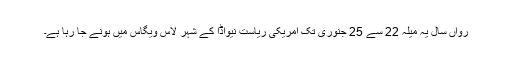
رواں سال یہ میلہ 22 سے 25 جنوری تک امریکی ریاست نیواڈا کے شہر لاس ویگاس میں ہونے جا رہا ہے۔